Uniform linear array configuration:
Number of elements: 64
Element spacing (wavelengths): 0.25
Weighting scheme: kaiser
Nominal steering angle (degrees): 15
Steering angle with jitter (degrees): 15.999
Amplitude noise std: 0.05
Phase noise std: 0.05

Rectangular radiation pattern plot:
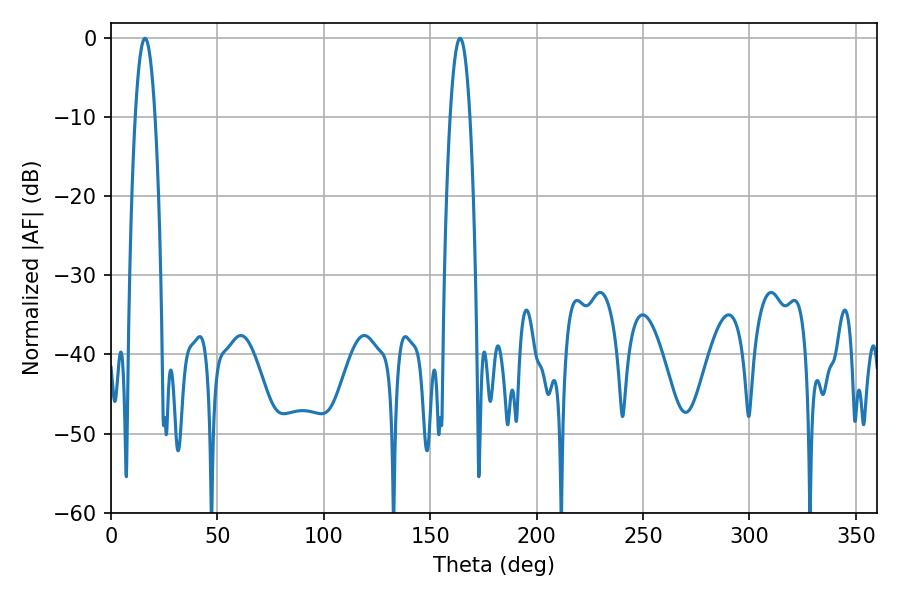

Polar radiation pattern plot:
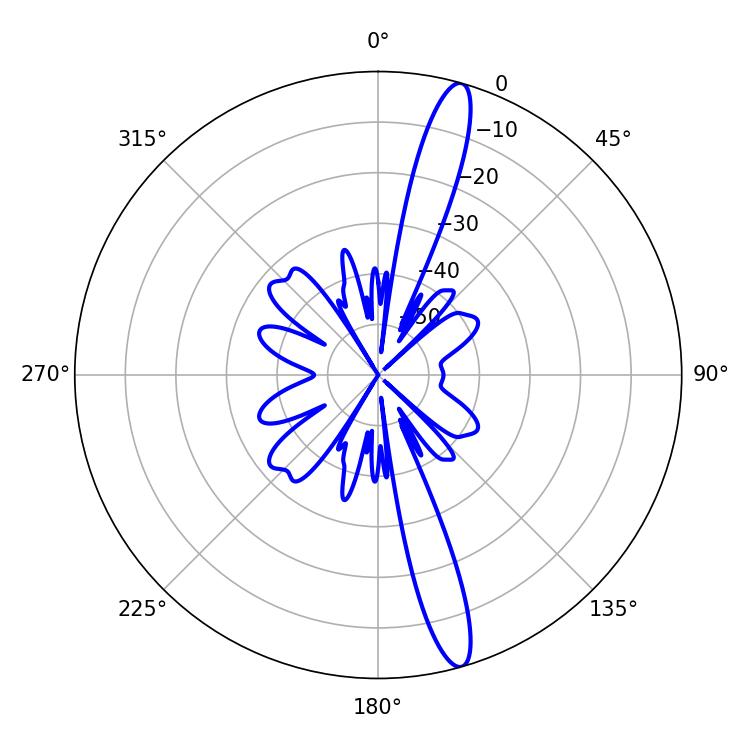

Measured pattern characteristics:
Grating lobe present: FALSE
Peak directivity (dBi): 15.768
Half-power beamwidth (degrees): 5.04
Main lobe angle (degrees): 16.02